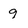
Character: 9